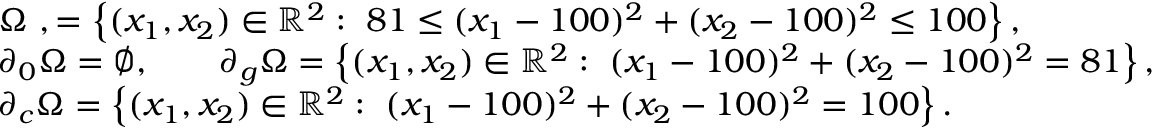
\begin{array} { r l } & { \Omega \ , = \left\{ ( x _ { 1 } , x _ { 2 } ) \in \mathbb { R } ^ { 2 } : \ 8 1 \leq ( x _ { 1 } - 1 0 0 ) ^ { 2 } + ( x _ { 2 } - 1 0 0 ) ^ { 2 } \leq 1 0 0 \right\} , } \\ & { \partial _ { 0 } \Omega = \varnothing , \qquad \partial _ { g } \Omega = \left\{ ( x _ { 1 } , x _ { 2 } ) \in \mathbb { R } ^ { 2 } : \ ( x _ { 1 } - 1 0 0 ) ^ { 2 } + ( x _ { 2 } - 1 0 0 ) ^ { 2 } = 8 1 \right\} , } \\ & { \partial _ { c } \Omega = \left\{ ( x _ { 1 } , x _ { 2 } ) \in \mathbb { R } ^ { 2 } : \ ( x _ { 1 } - 1 0 0 ) ^ { 2 } + ( x _ { 2 } - 1 0 0 ) ^ { 2 } = 1 0 0 \right\} . } \end{array}